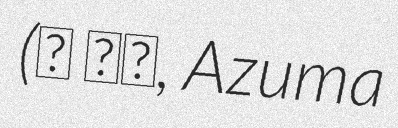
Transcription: (東 佳弘, Azuma